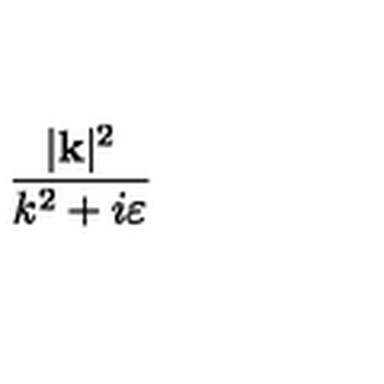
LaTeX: \frac { | \mathbf { k } | ^ { 2 } } { k ^ { 2 } + i \varepsilon }